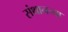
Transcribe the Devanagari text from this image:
संथानच्या